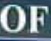
OF